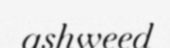
ashweed